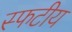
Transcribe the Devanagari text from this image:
स्फटीय